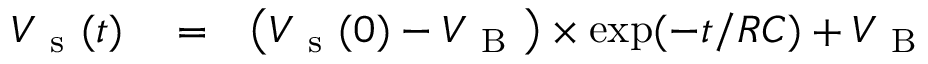
\begin{array} { r l r } { V _ { \mathrm { ~ s ~ } } ( t ) } & { { } = } & { \big ( V _ { \mathrm { ~ s ~ } } ( 0 ) - V _ { \mathrm { ~ B ~ } } \big ) \times \exp ( - t / R C ) + V _ { \mathrm { ~ B ~ } } } \end{array}